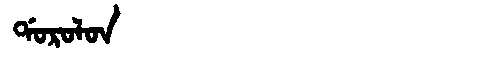
Manchu: ᡩᠣᡵᠣᠯᠣᠨ
Romanization: DOROLON